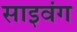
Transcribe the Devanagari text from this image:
साइवंग